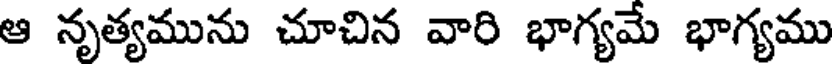
ఆ నృత్యమును చూచిన వారి భాగ్యమే భాగ్యము